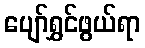
ပျော်ရွှင်ဖွယ်ရာ